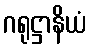
ဂရုဋ္ဌာနိယံ